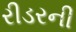
રીડરની